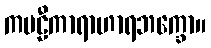
ကဗဠီကာရာဟာရဘက္ခော။